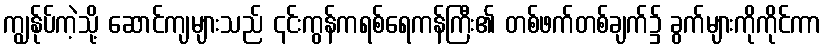
ကျွန်ုပ်ကဲ့သို့ ဆောင်ကျများသည် ၎င်းကွန်ကရစ်ရေကန်ကြီး၏ တစ်ဖက်တစ်ချက်၌ ခွက်များကိုကိုင်ကာ